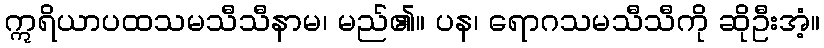
ဣရိယာပထသမသီသီနာမ၊ မည်၏။ ပန၊ ရောဂသမသီသီကို ဆိုဦးအံ့။